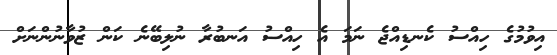
އިވުމުގެ ހިއްސު ކެނޑިއްޖެ ނަމަ އެ ހިއްސު އަނބުރާ ނުލިބޭނެ ކަން ޒުވާނުންނަށް